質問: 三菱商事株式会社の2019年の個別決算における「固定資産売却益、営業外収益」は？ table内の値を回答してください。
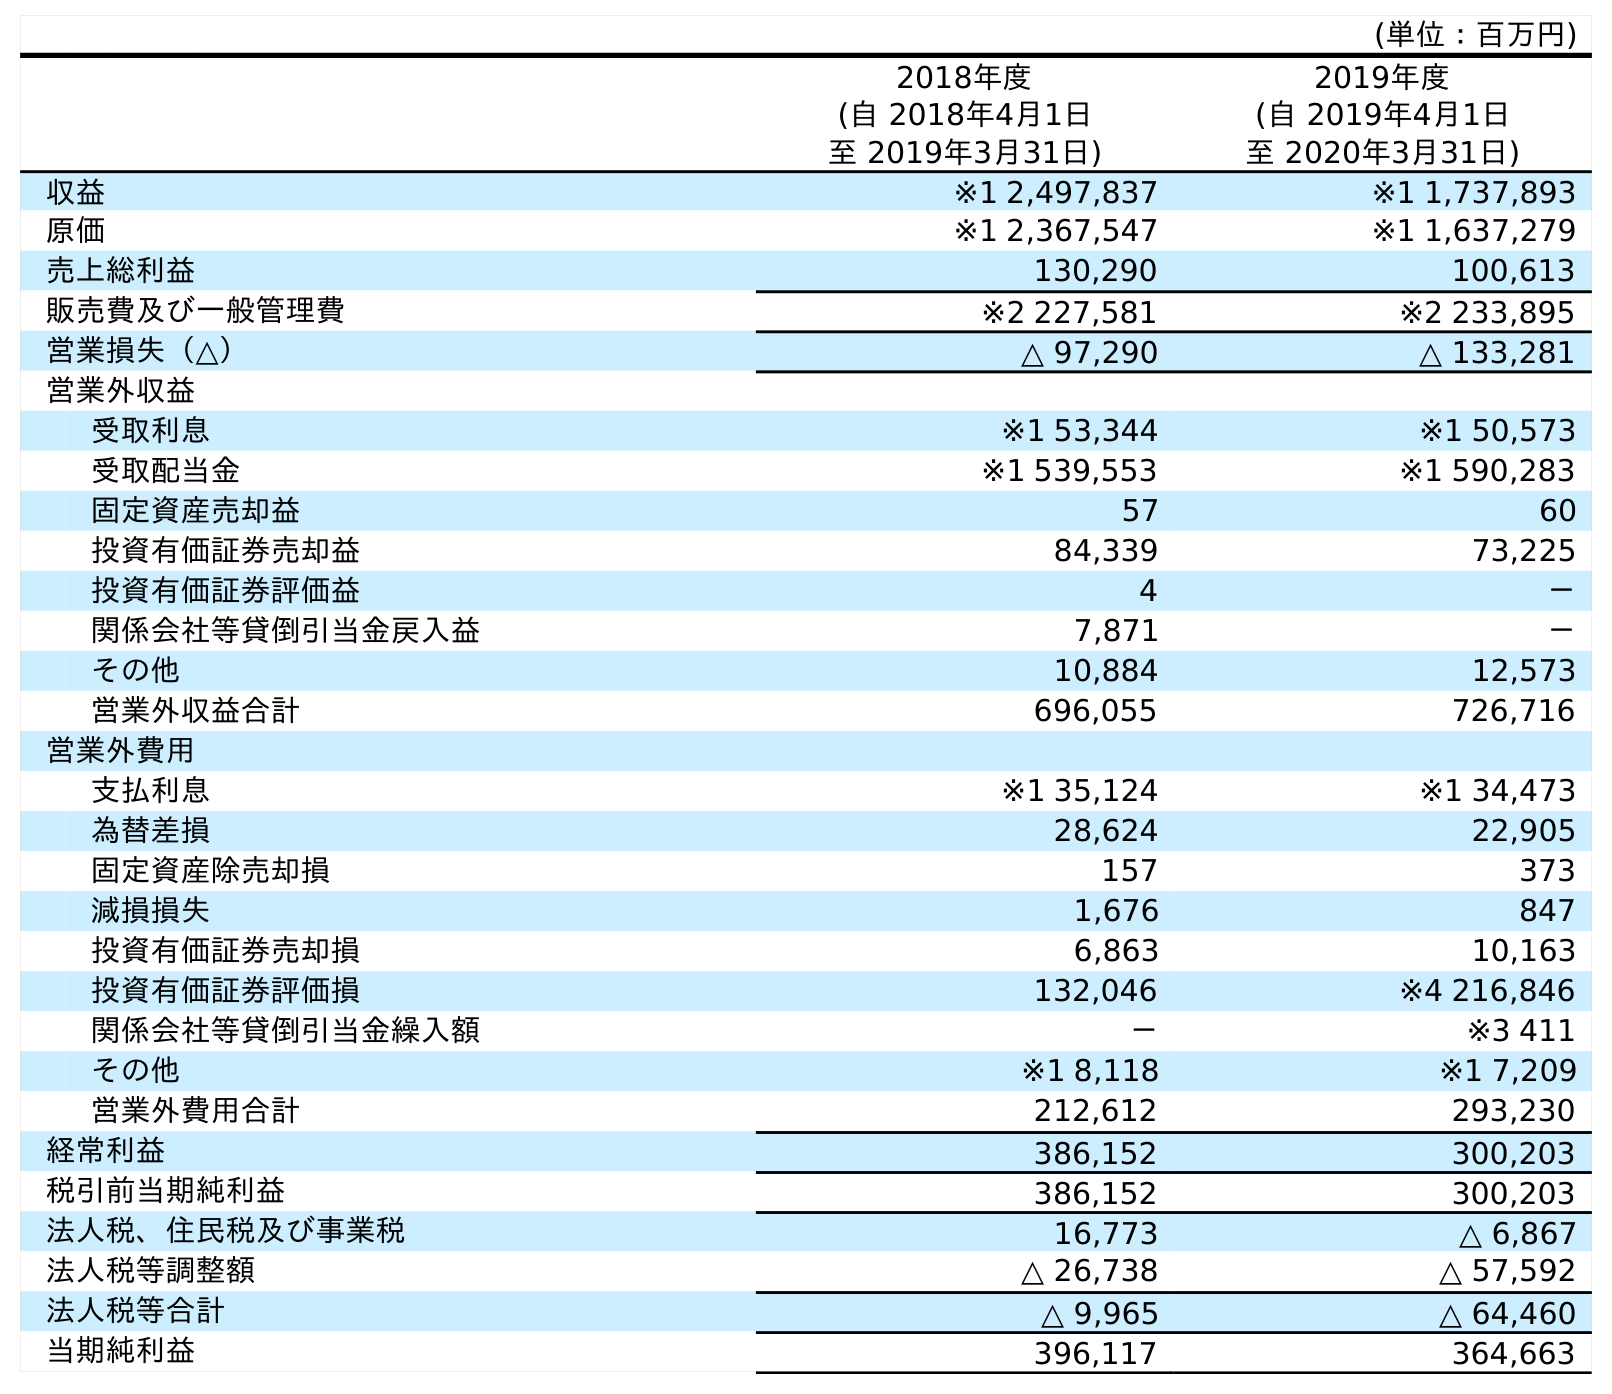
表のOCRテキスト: (単位：百万円) 2018年度 (自 2018年4月1日 至 2019年3月31日) 2019年度 (自 2019年4月1日 至 2020年3月31日) 収益 ※1 2,497,837 ※1 1,737,893 原価 ※1 2,367,547 ※1 1,637,279 売上総利益 130,290 100,613 販売費及び一般管理費 ※2 227,581 ※2 233,895 営業損失（△） △ 97,290 △ 133,281 営業外収益 受取利息 ※1 53,344 ※1 50,573 受取配当金 ※1 539,553 ※1 590,283 固定資産売却益 57 60 投資有価証券売却益 84,339 73,225 投資有価証券評価益 4 － 関係会社等貸倒引当金戻入益 7,871 － その他 10,884 12,573 営業外収益合計 696,055 726,716 営業外費用 支払利息 ※1 35,124 ※1 34,473 為替差損 28,624 22,905 固定資産除売却損 157 373 減損損失 1,676 847 投資有価証券売却損 6,863 10,163 投資有価証券評価損 132,046 ※4 216,846 関係会社等貸倒引当金繰入額 － ※3 411 その他 ※1 8,118 ※1 7,209 営業外費用合計 212,612 293,230 経常利益 386,152 300,203 税引前当期純利益 386,152 300,203 法人税、住民税及び事業税 16,773 △ 6,867 法人税等調整額 △ 26,738 △ 57,592 法人税等合計 △ 9,965 △ 64,460 当期純利益 396,117 364,663
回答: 57